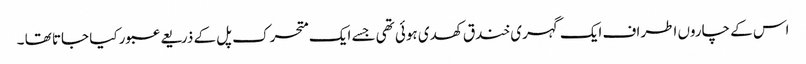
اس کے چاروں اطراف ایک گہری خندق کھدی ہوئی تھی جسے ایک متحرک پل کے ذریعے عبور کیا جاتا تھا ۔